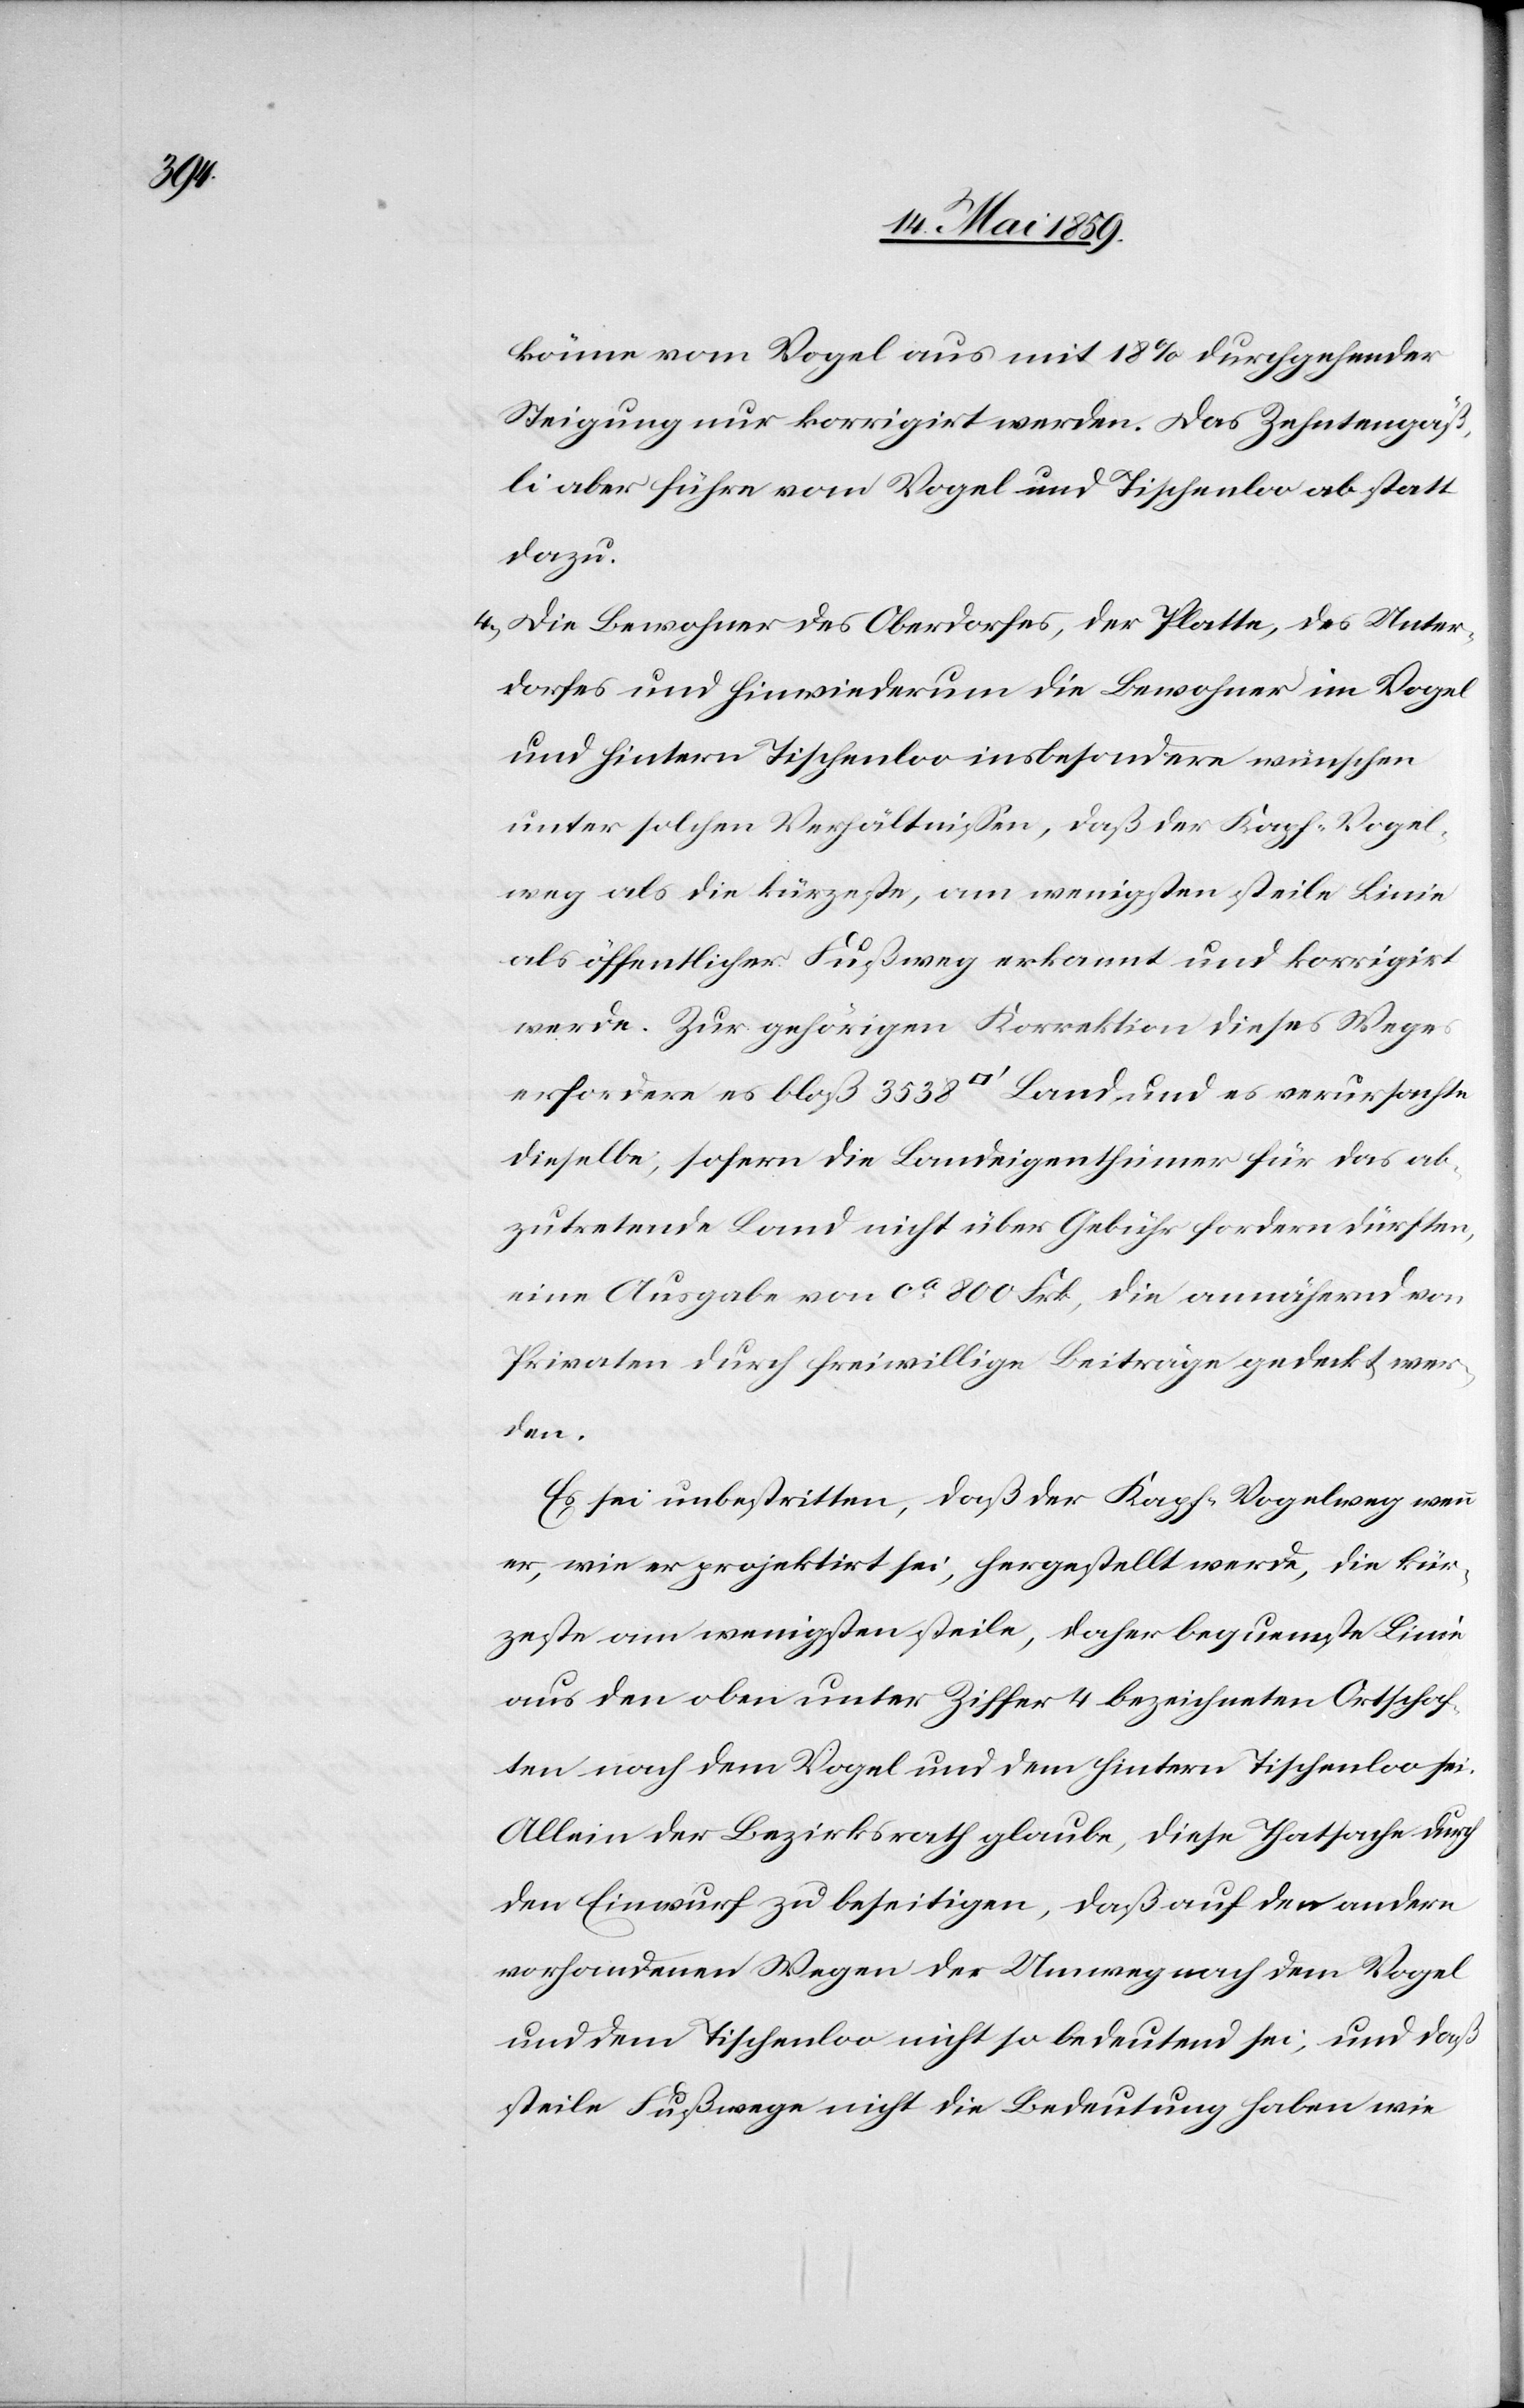
könne vom Vogel aus mit 18 % durchgehender
Steigung nur korrigirt werden. Das Zehntengäß¬
li aber führe vom Vogel und Tischenloo ab statt
dazu.
4) Die Bewohner des Oberdorfes, der Platte, des Unter¬
dorfes und hinwiederum die Bewohner im Vogel
und hintern Tischenloo insbesondere wünschen
unter solchen Verhältnißen, daß der Kapf-Vogel¬
weg als die kürzeste, am wenigsten steile Linie
als öffentlicher Fußweg erkannt und korrigirt
werde. Zur gehörigen Korrektion dieses Weges
erfordere es bloß 3538[Quadratfuß] Land und es verursachte
dieselbe, sofern die Landeigenthümer für das ab¬
zutretende Land nicht über Gebühr fordern dürften,
eine Ausgabe von ca 800 Frk., die annähernd von
Privaten durch freiwillige Beiträge gedeckt wer¬
den.
Es sei unbestritten, daß der Kapf-Vogelweg wenn
er, wie er projektirt sei, hergestellt werde, die kür¬
zeste am wenigsten steile, daher bequemste Linie
aus den oben unter Ziffer 4 bezeichneten Ortschaf¬
ten nach dem Vogel und dem hintern Tischenloo sei.
Allein der Bezirksrath glaube, diese Thatsache durch
den Einwurf zu beseitigen, daß auf den andern
vorhandenen Wegen der Umweg nach dem Vogel
und dem Tischenloo nicht so bedeutend sei, und daß
steile Fußwege nicht die Bedeutung haben wie